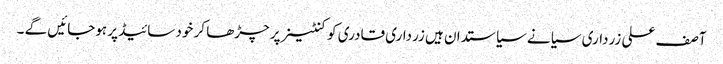
آصف علی زرداری سیانے سیاستدان ہیں زرداری قادری کو کنٹینر پر چڑھا کر خود سائیڈ پر ہوجائیں گے ۔